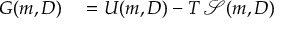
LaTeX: \begin{array} { r l } { G ( m , D ) } & { { } = U ( m , D ) - T \, { \mathcal { S } } ( m , D ) } \end{array}